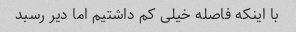
با اینکه فاصله خیلی کم داشتیم اما دیر رسبد